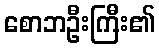
စောဘဦးကြီး၏